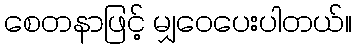
စေတနာဖြင့် မျှဝေပေးပါတယ်။